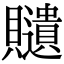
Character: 𧸽